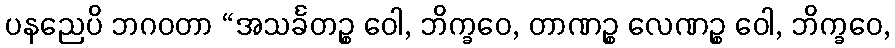
ပနညေပိ ဘဂဝတာ “အသင်္ခတဉ္စ ဝေါ, ဘိက္ခဝေ, တာဏဉ္စ လေဏဉ္စ ဝေါ, ဘိက္ခဝေ,